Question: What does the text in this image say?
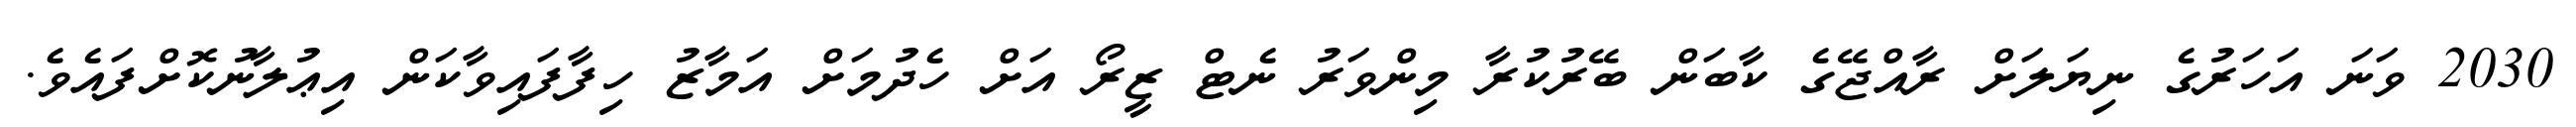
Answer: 2030 ވަނަ އަހަރުގެ ނިޔަލަށް ރާއްޖޭގެ ކާބަން ބޭރުކުރާ މިންވަރު ނެޓް ޒީރޯ އަށް ހެދުމަށް އަމާޒު ހިފާފައިވާކަން އިޢުލާނުކޮށްފައެވެ.